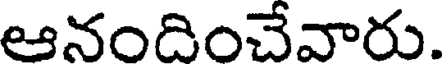
ఆనందించేవారు.